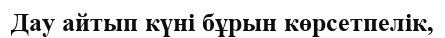
Дау айтып күні бұрын көрсетпелік,